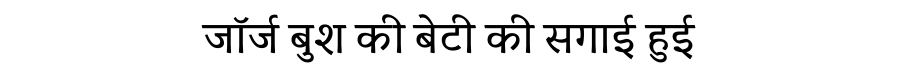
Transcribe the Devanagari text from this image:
जॉर्ज बुश की बेटी की सगाई हुई